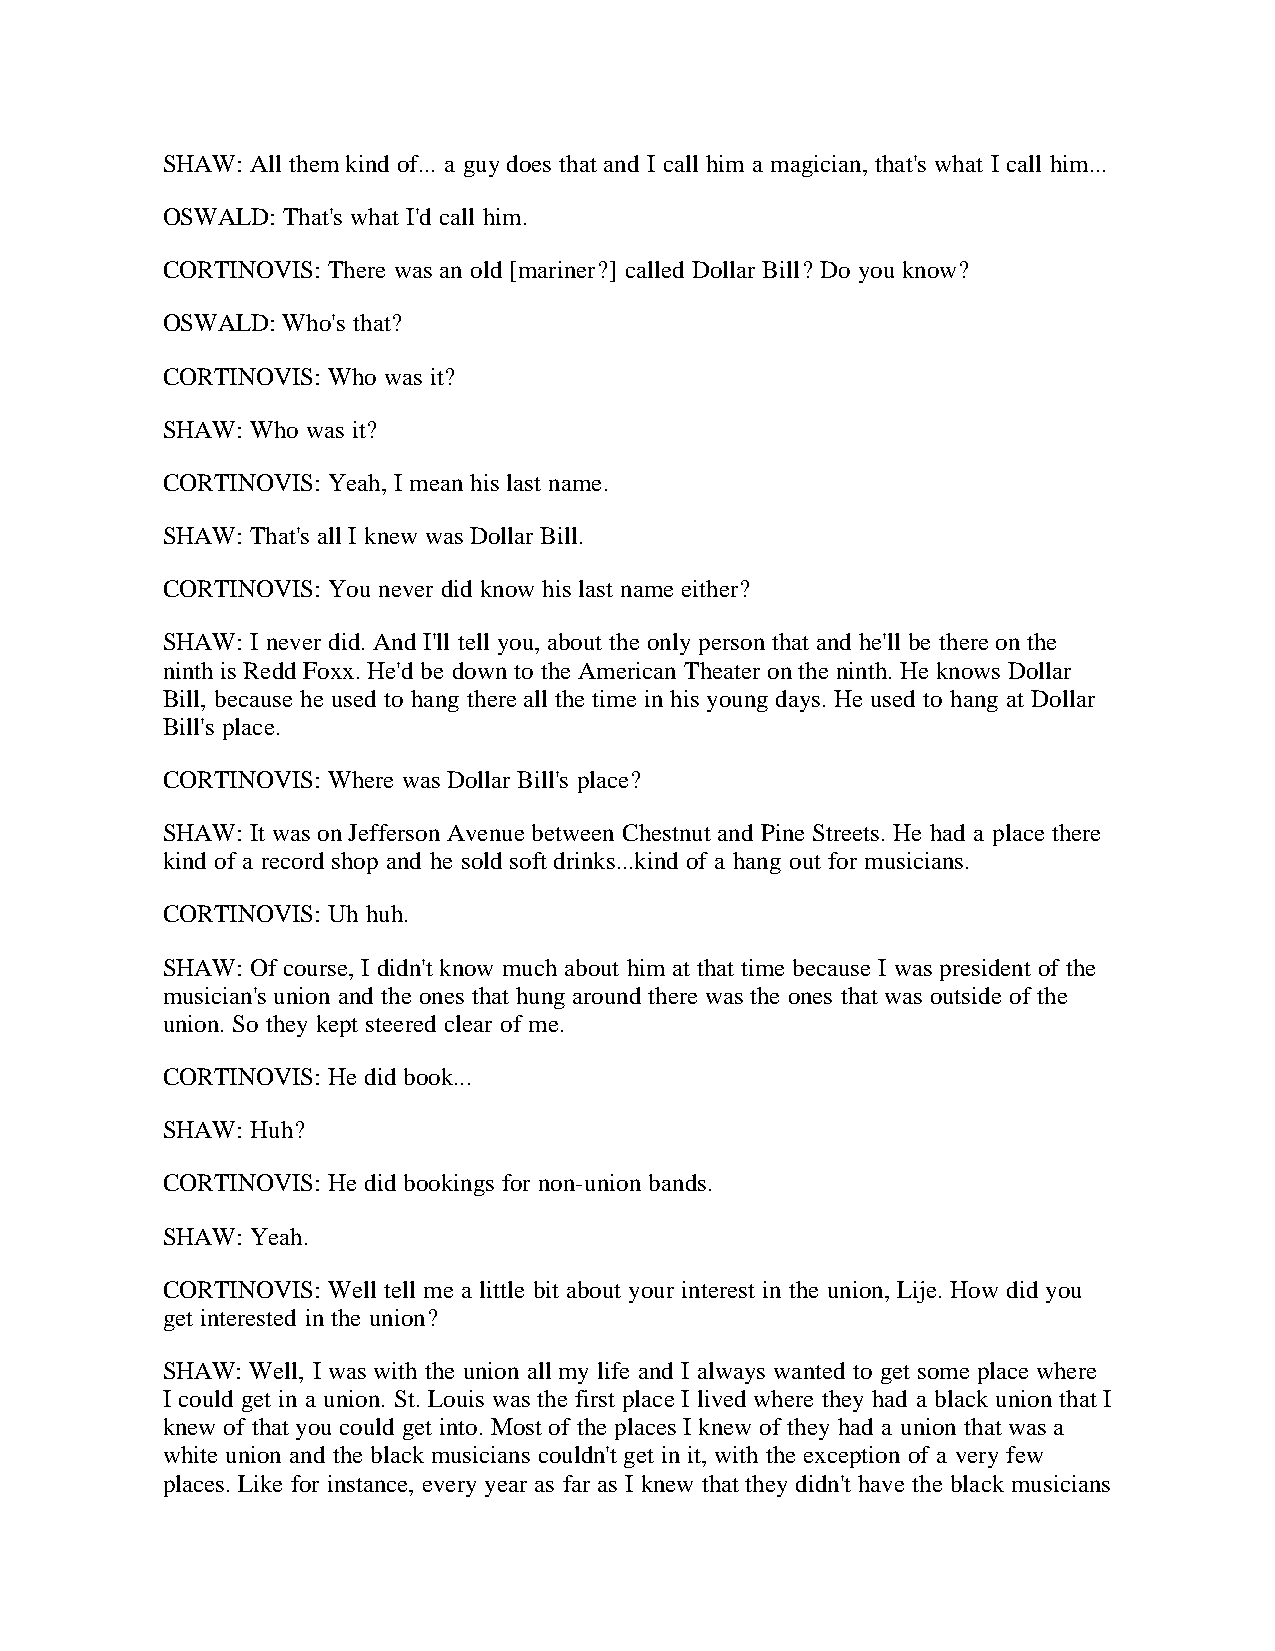
SHAW: All them kind of... a guy does that and I call him a magician, that's what I call him...
 OSWALD: That's what I'd call him.
 CORTINOVIS: There was an old [mariner?] called Dollar Bill? Do you know?
 OSWALD: Who's that?
 CORTINOVIS: Who was it?
 SHAW: Who was it?
 CORTINOVIS: Yeah, I mean his last name.
 SHAW: That's all I knew was Dollar Bill.
 CORTINOVIS: You never did know his last name either?
 SHAW: I never did. And I'll tell you, about the only person that and he'll be there on the
 ninth is Redd Foxx. He'd be down to the American Theater on the ninth. He knows Dollar
 Bill, because he used to hang there all the time in his young days. He used to hang at Dollar
 Bill's place.
 CORTINOVIS: Where was Dollar Bill's place?
 SHAW: It was on Jefferson Avenue between Chestnut and Pine Streets. He had a place there
 kind of a record shop and he sold soft drinks...kind of a hang out for musicians.
 CORTINOVIS: Uh huh.
 SHAW: Of course, I didn't know much about him at that time because I was president of the
 musician's union and the ones that hung around there was the ones that was outside of the
 union. So they kept steered clear of me.
 CORTINOVIS: He did book...
 SHAW: Huh?
 CORTINOVIS: He did bookings for non-union bands.
 SHAW: Yeah.
 CORTINOVIS: Well tell me a little bit about your interest in the union, Lije. How did you
 get interested in the union?
 SHAW: Well, I was with the union all my life and I always wanted to get some place where
 I could get in a union. St. Louis was the first place I lived where they had a black union that I
 knew of that you could get into. Most of the places I knew of they had a union that was a
 white union and the black musicians couldn't get in it, with the exception of a very few
 places. Like for instance, every year as far as I knew that they didn't have the black musicians